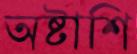
অষ্টাশি